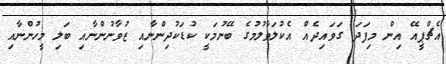
އެޗްޕީއޭ އިން މިފަދަ ގަވައިދެއް އެކުލަވާލުމުގެ ބޭނުމަކީ ކުޑަކުދިންނާއި ޒުވާނުންނާއި ބަލި މީހުންނާއި